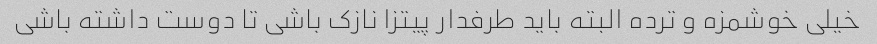
خیلی خوشمزه و ترده البته باید طرفدار پیتزا نازک باشی تا دوست داشته باشی